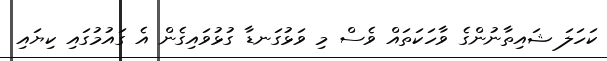
ކަހަލަ ޝައިތާނުންގެ ވާހަކަތައް ވެސް މި ވަޅުގަނޑާ ގުޅުވައިގެން އެ ގައުމުގައި ކިޔައި